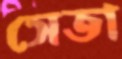
সেতা